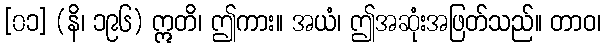
[၀၁] (နိ၊ ၁၉၆) ဣတိ၊ ဤကား။ အယံ၊ ဤအဆုံးအဖြတ်သည်။ တာဝ၊